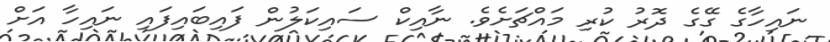
ނައިހާގެ ގޭގެ ދޮރު ކުރި މައްޗަށެވެ. ނާއިކް ސައިކަލުން ފައިބައިފައި ނައިހާ އަށް